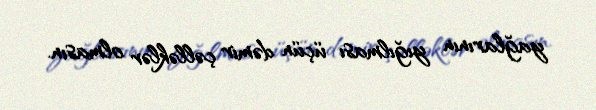
yağlarının yığılması üçün dəmir çəlləklər olmasın.